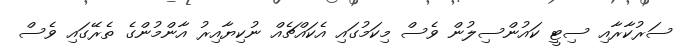
ސަރުކާރާއި ސިޓީ ކައުންސިލުން ވެސް މިކަމުގައި އެކައްޗެއް ނުކިޔާއިރު އާންމުންގެ ތެރޭގައި ވެސް